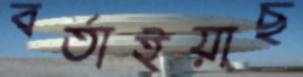
বর্তাইয়াছ